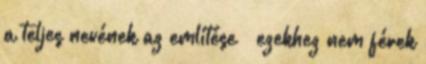
a teljes nevének az említése – ezekhez nem férek